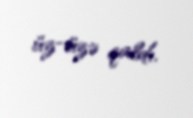
üz-üzə qaldı.